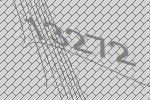
13272